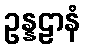
ဥန္နဠာနံ